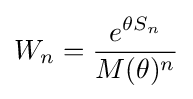
W_{n}={\frac {e^{\theta S_{n}}}{M(\theta )^{n}}}